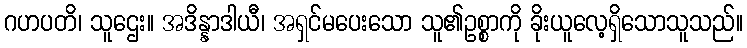
ဂဟပတိ၊ သူဌေး။ အဒိန္နာဒါယီ၊ အရှင်မပေးသော သူ၏ဥစ္စာကို ခိုးယူလေ့ရှိသောသူသည်။